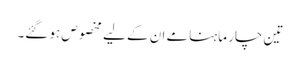
تین چار ماہنامے ان کے لیے مخصوص ہو گئے۔